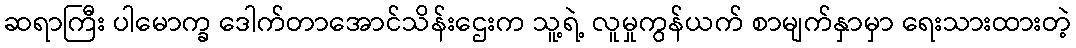
ဆရာကြီး ပါမောက္ခ ဒေါက်တာအောင်သိန်းဌေးက သူ့ရဲ့ လူမှုကွန်ယက် စာမျက်နှာမှာ ရေးသားထားတဲ့